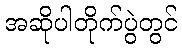
အဆိုပါတိုက်ပွဲတွင်